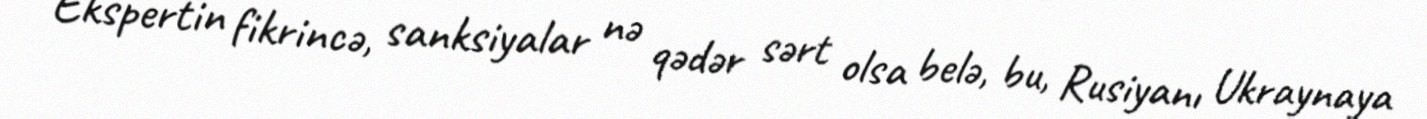
Ekspertin fikrincə, sanksiyalar nə qədər sərt olsa belə, bu, Rusiyanı Ukraynaya